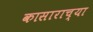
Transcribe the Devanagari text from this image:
कासाराच्या